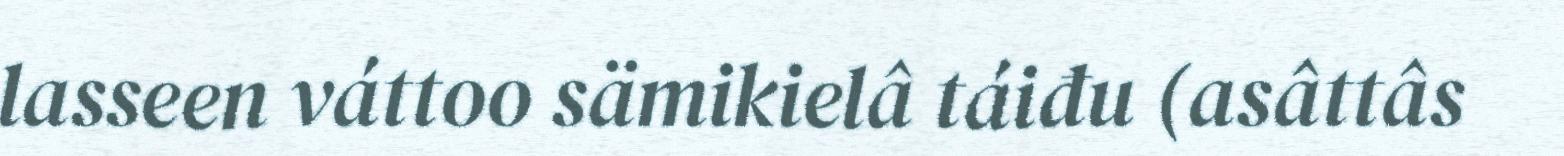
lasseen váttoo sämikielâ táiđu (asâttâs